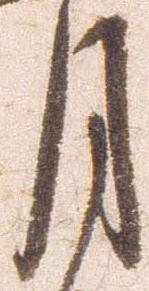
月